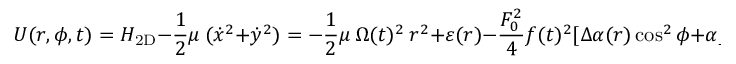
U ( r , \phi , t ) = { \cal H } _ { \mathrm { 2 D } } - \frac { 1 } { 2 } \mu \ ( \dot { x } ^ { 2 } + \dot { y } ^ { 2 } ) = - \frac { 1 } { 2 } \mu \ \Omega ( t ) ^ { 2 } \ r ^ { 2 } + \varepsilon ( r ) - \frac { F _ { 0 } ^ { 2 } } { 4 } f ( t ) ^ { 2 } [ \Delta \alpha ( r ) \cos ^ { 2 } \phi + \alpha _ { \bot } ( r ) ] .